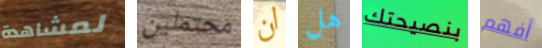
لمشاهدة محتملين ان هل بنصيحتك أفهم